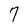
Character: 7